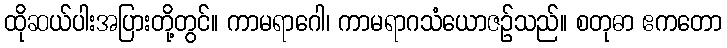
ထိုဆယ်ပါးအပြားတို့တွင်။ ကာမရာဂေါ၊ ကာမရာဂသံယောဇဉ်သည်။ စတုဓာ ဧကတော